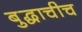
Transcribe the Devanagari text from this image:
बुद्धाचीच